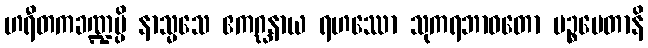
ဟရီတကခဏ္ဍမ္ပိ နာသ္မသေ ဧကဂ္ဃနာယ ရဟဿော သုကရဘာဝတော ပဉ္စပေတာနိ